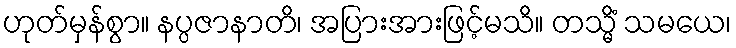
ဟုတ်မှန်စွာ။ နပ္ပဇာနာတိ၊ အပြားအားဖြင့်မသိ။ တသ္မိံ သမယေ၊